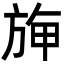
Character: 𣃻